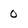
Character: 0